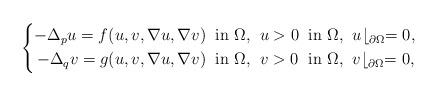
LaTeX: \begin{align*}\left\{\begin{alignedat}{2}-\Delta_p u =f(u,v,\nabla u,\nabla v)\;\; & \mbox{in $\Omega$,}\;\; u>0\;\; && \mbox{in $\Omega$,}\;\; u\lfloor_{\partial\Omega}=0,\\-\Delta_q v =g(u,v,\nabla u,\nabla v)\;\; & \mbox{in $\Omega$,}\;\; v>0\;\; && \mbox{in $\Omega$,}\;\; v\lfloor_{\partial\Omega}=0,\end{alignedat}\right.\end{align*}